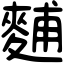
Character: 麱